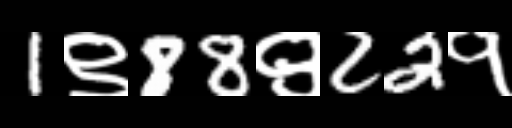
Text: 1९88९22१